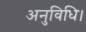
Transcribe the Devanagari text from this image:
अनुविधि।